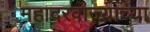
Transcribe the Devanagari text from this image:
महादरवाज्याच्या